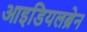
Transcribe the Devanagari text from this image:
आइडियलब्रेन